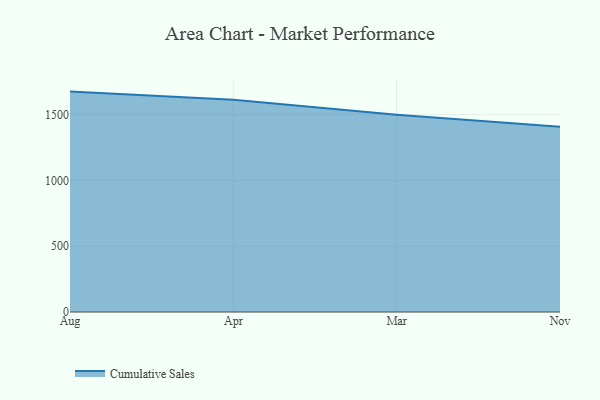
{"axis": {"x": "Month", "y": "Inventory Turnover"}, "legend": ["Cumulative Sales"], "data": [{"x": "Aug", "y": 1675.6, "type": "Cumulative Sales"}, {"x": "Apr", "y": 1613.2, "type": "Cumulative Sales"}, {"x": "Mar", "y": 1500.3, "type": "Cumulative Sales"}, {"x": "Nov", "y": 1409.2, "type": "Cumulative Sales"}]}